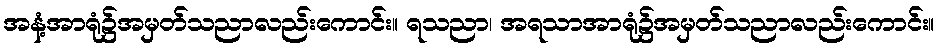
အနံ့အာရုံ၌အမှတ်သညာလည်းကောင်း။ ရသညာ၊ အရသာအာရုံ၌အမှတ်သညာလည်းကောင်း။